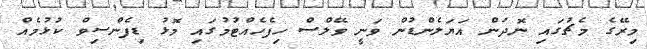
މިރޭގެ މެޗުގައި ނޮދަން އަޔަލެންޑުން ވަނީ ވޭލްސް ހިފެހެއްޓުމުގައި މޮޅު ޑިފެންސިވް ކުޅުމެއް